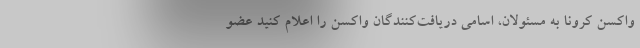
واکسن کرونا به مسئولان، اسامی دریافت‌کنندگان واکسن را اعلام کنید عضو